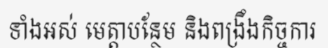
ទាំងអស់ មេត្តាបន្ថែម និងពង្រឹងកិច្ចការ